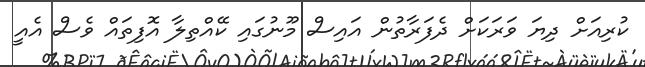
ކުރިއަށް ދިޔަ ވަރަކަށް ދެފަރާތުން އައިސް މޫނުގައި ކޭއްތިލާ އޮފިތައް ވެސް އެއީ